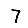
Digit: 7